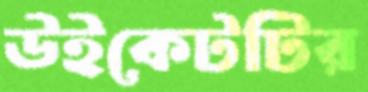
উইকেটটির